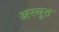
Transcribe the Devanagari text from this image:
अस्युत